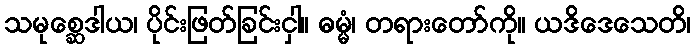
သမုစ္ဆေဒါယ၊ ပိုင်းဖြတ်ခြင်းငှါ။ ဓမ္မံ၊ တရားတော်ကို။ ယဒိဒေသေတိ၊